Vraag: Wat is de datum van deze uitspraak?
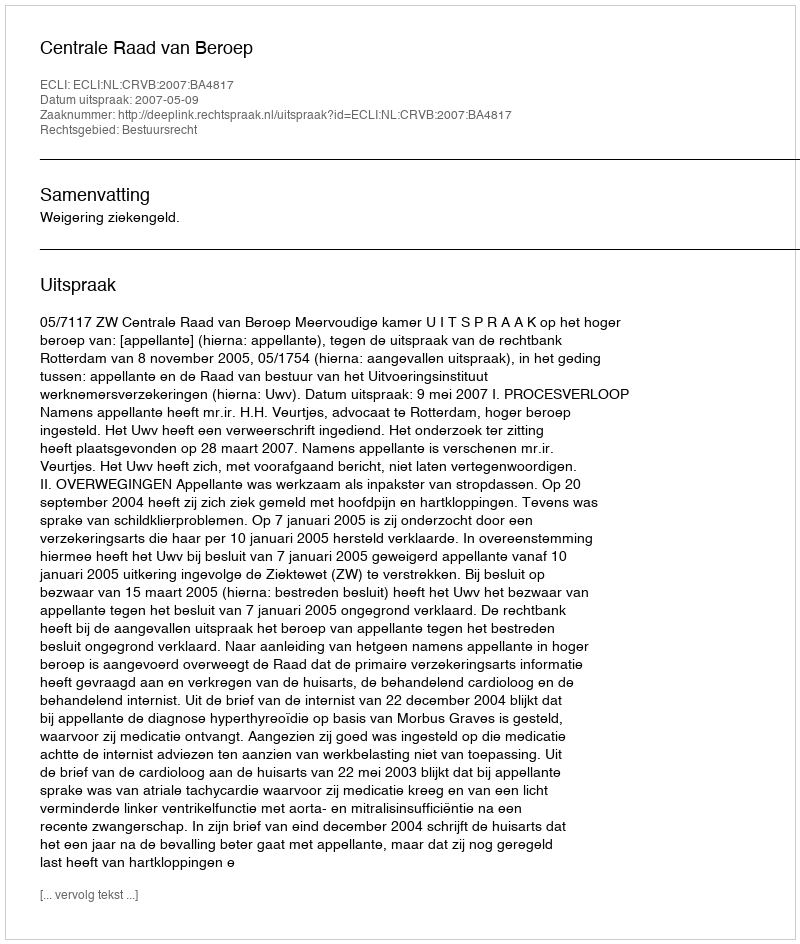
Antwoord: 2007-05-09